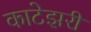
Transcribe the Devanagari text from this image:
काटेझरी